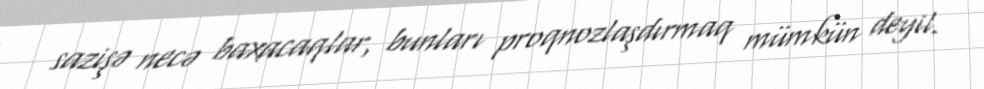
sazişə necə baxacaqlar, bunları proqnozlaşdırmaq mümkün deyil.